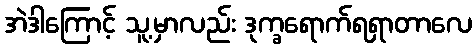
အဲဒါကြောင့် သူ့မှာလည်း ဒုက္ခရောက်ရရှာတာလေ